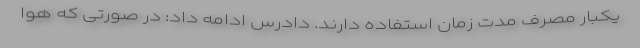
یکبار مصرف مدت زمان استفاده دارند. دادرس ادامه داد: در صورتی که هوا